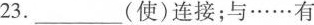
23.___(使)连接；与……有